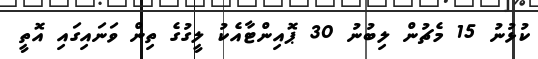
ކުޅުނު 15 މެޗުން ލިބުނު 30 ޕޮއިންޓާއެކު ލީގުގެ ތިން ވަނައިގައި އޮޮތީ